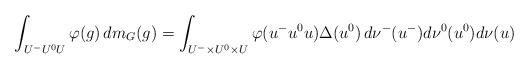
LaTeX: \begin{align*} \int_{U^- U^0 U} \varphi(g) \, dm_G(g) = \int_{U^- \times U^0 \times U} \varphi(u^- u^0 u) \Delta(u^0) \, d\nu^-(u^-) d\nu^0(u^0) d\nu(u)\end{align*}